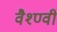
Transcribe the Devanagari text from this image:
वैश्ण्वी